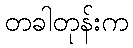
တခါတုန်းက